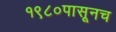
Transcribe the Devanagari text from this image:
१९८०पासूनच